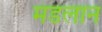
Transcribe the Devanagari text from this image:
मंडलान